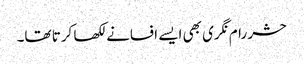
حشر رام نگری بھی ایسے افسانے لکھا کرتا تھا۔